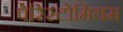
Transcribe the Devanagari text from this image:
पेरिस्टोमियम